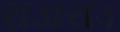
રાડારાડ